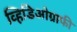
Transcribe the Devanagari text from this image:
व्हिडिओग्राफी